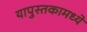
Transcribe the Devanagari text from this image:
यापुस्तकामध्ये